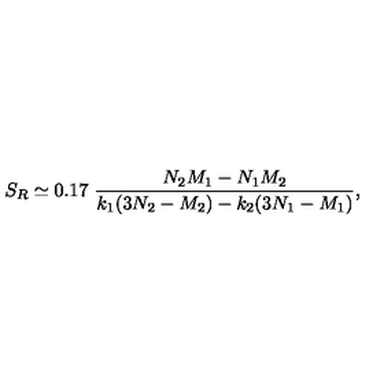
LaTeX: S _ { R } \simeq 0 . 1 7 \ \frac { N _ { 2 } M _ { 1 } - N _ { 1 } M _ { 2 } } { k _ { 1 } ( 3 N _ { 2 } - M _ { 2 } ) - k _ { 2 } ( 3 N _ { 1 } - M _ { 1 } ) } ,